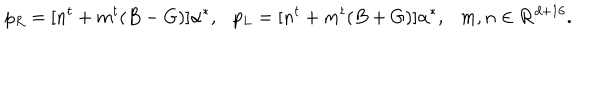
LaTeX: p _ { R } = [ n ^ { t } + m ^ { t } ( B - G ) ] { \alpha } ^ { * } , \ \ \ p _ { L } = [ n ^ { t } + m ^ { t } ( B + G ) ] { \alpha } ^ { * } , \ \ \ m , n \in { \bf R } ^ { d + 1 6 } .